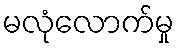
မလုံလောက်မှု